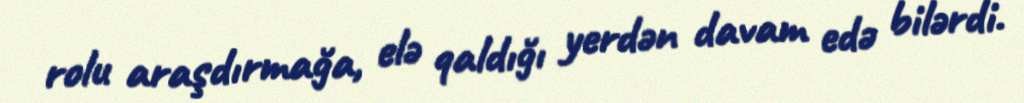
rolu araşdırmağa, elə qaldığı yerdən davam edə bilərdi.